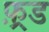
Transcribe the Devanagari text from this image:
फ़्रड